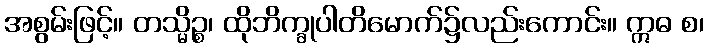
အစွမ်းဖြင့်။ တသ္မိဉ္စ၊ ထိုဘိက္ခုပါတိမောက်၌လည်းကောင်း။ ဣဓ စ၊